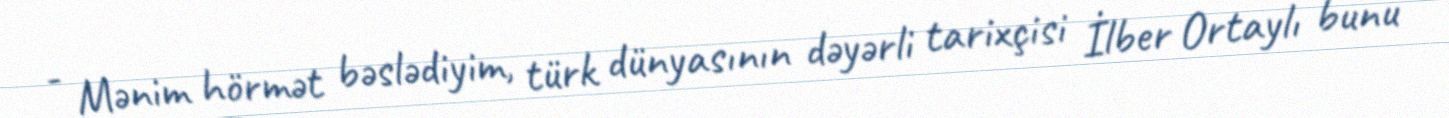
- Mənim hörmət bəslədiyim, türk dünyasının dəyərli tarixçisi İlber Ortaylı bunu